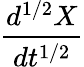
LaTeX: \frac{d^{1/2}X}{dt^{1/2}}